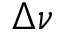
\Delta \nu